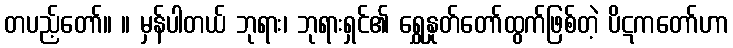
တပည့်တော်။ ။ မှန်ပါတယ် ဘုရား၊ ဘုရားရှင်၏ ရွှေနှုတ်တော်ထွက်ဖြစ်တဲ့ ပိဋကတော်ဟာ